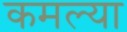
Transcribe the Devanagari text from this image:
कमल्या